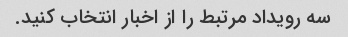
سه رویداد مرتبط را از اخبار انتخاب کنید.